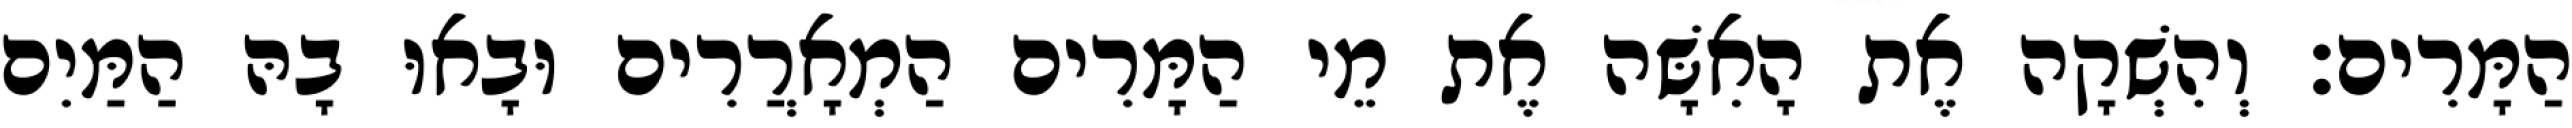
הַמָּרִים׃ וְהִשְׁקָה אֶת הָאִשָּׁה אֶת מֵי הַמָּרִים הַמְאָרֲרִים וּבָאוּ בָהּ הַמַּיִם